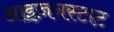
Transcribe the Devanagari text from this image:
आइज़नस्टाट